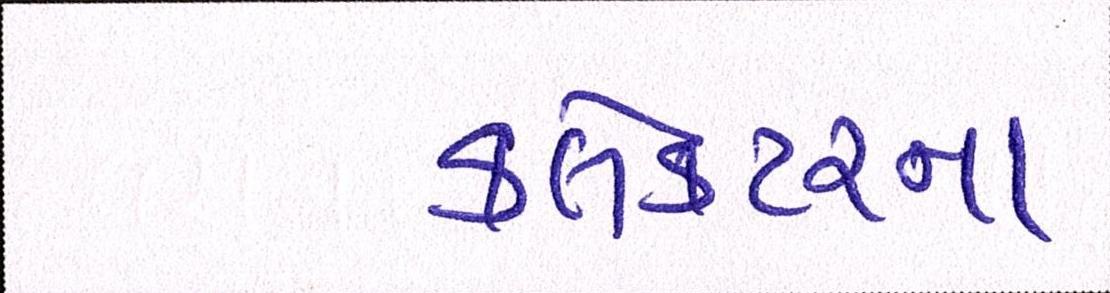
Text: કલેકટરનાં